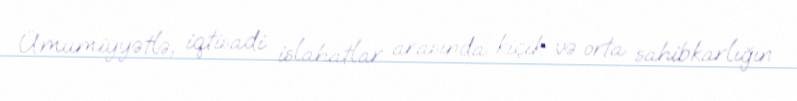
Ümumiyyətlə, iqtisadi islahatlar arasında kiçik və orta sahibkarlığın